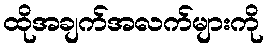
ထိုအချက်အလက်များကို